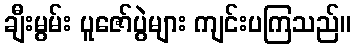
ချီးမွမ်း ပူဇော်ပွဲများ ကျင်းပကြသည်။